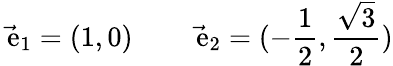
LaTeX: \vec{\mathrm{\mathbf~e}}_{1}=(1,0)\qquad\vec{\mathrm{\mathbf~e}}_{2}=(-{\frac{1}{2}},{\frac{\sqrt{3}}{2}})